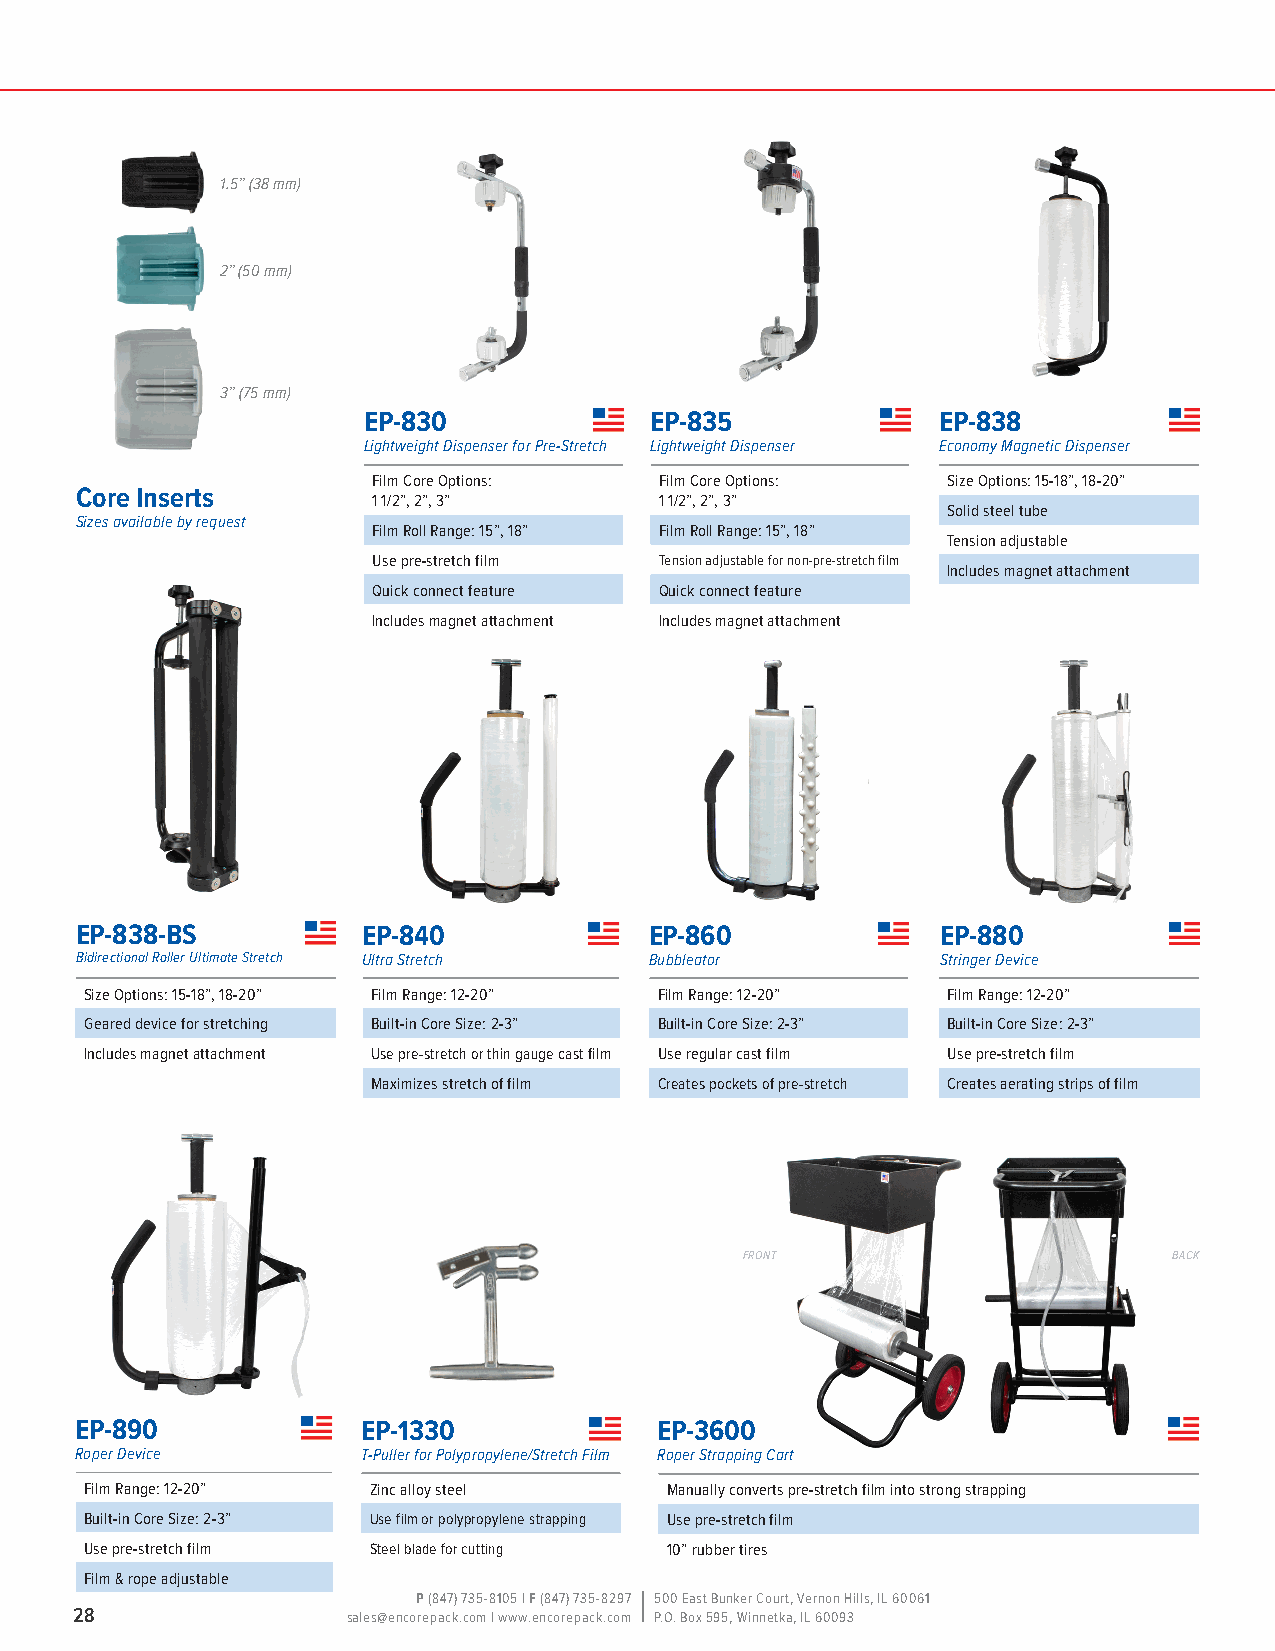
1.5” (38 mm)
 2” (50 mm)
 3” (75 mm)
 EP-830             EP-835             EP-838
 Lightweight Dispenser for Pre-Stretch Lightweight Dispenser Economy Magnetic Dispenser
 Film Core Options: Film Core Options: Size Options: 15-18”, 18-20”
 Core Inserts
 1 1/2”, 2”, 3”     1 1/2”, 2”, 3”
 Solid steel tube
 Sizes available by request
 Film Roll Range: 15”, 18” Film Roll Range: 15”, 18”
 Tension adjustable
 Use pre-stretch film Tension adjustable for non-pre-stretch film
 Includes magnet attachment
 Quick connect feature Quick connect feature
 Includes magnet attachment Includes magnet attachment
 EP-838-BS          EP-840             EP-860             EP-880
 Bidirectional Roller Ultimate Stretch Ultra Stretch Bubbleator Stringer Device
 Size Options: 15-18”, 18-20” Film Range: 12-20” Film Range: 12-20” Film Range: 12-20”
 Geared device for stretching Built-in Core Size: 2-3” Built-in Core Size: 2-3” Built-in Core Size: 2-3”
 Includes magnet attachment Use pre-stretch or thin gauge cast film Use regular cast film Use pre-stretch film
 Maximizes stretch of film Creates pockets of pre-stretch Creates aerating strips of film
 front                        back
 EP-890             EP-1330             EP-3600
 Roper Device       T-Puller for Polypropylene/Stretch Film Roper Strapping Cart
 Film Range: 12-20” Zinc alloy steel   Manually converts pre-stretch film into strong strapping
 Built-in Core Size: 2-3” Use film or polypropylene strapping Use pre-stretch film
 Use pre-stretch film Steel blade for cutting 10” rubber tires
 Film & rope adjustable
 P (847) 735-8105 | F (847) 735-8297 500 East Bunker Court, Vernon Hills, IL 60061
 28                sales@encorepack.com | www.encorepack.com P.O. Box 595, Winnetka, IL 60093